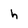
Character: h